65_HS1-834228961_62-HQ-83894_Section_10
Agency: FBI
Page 63
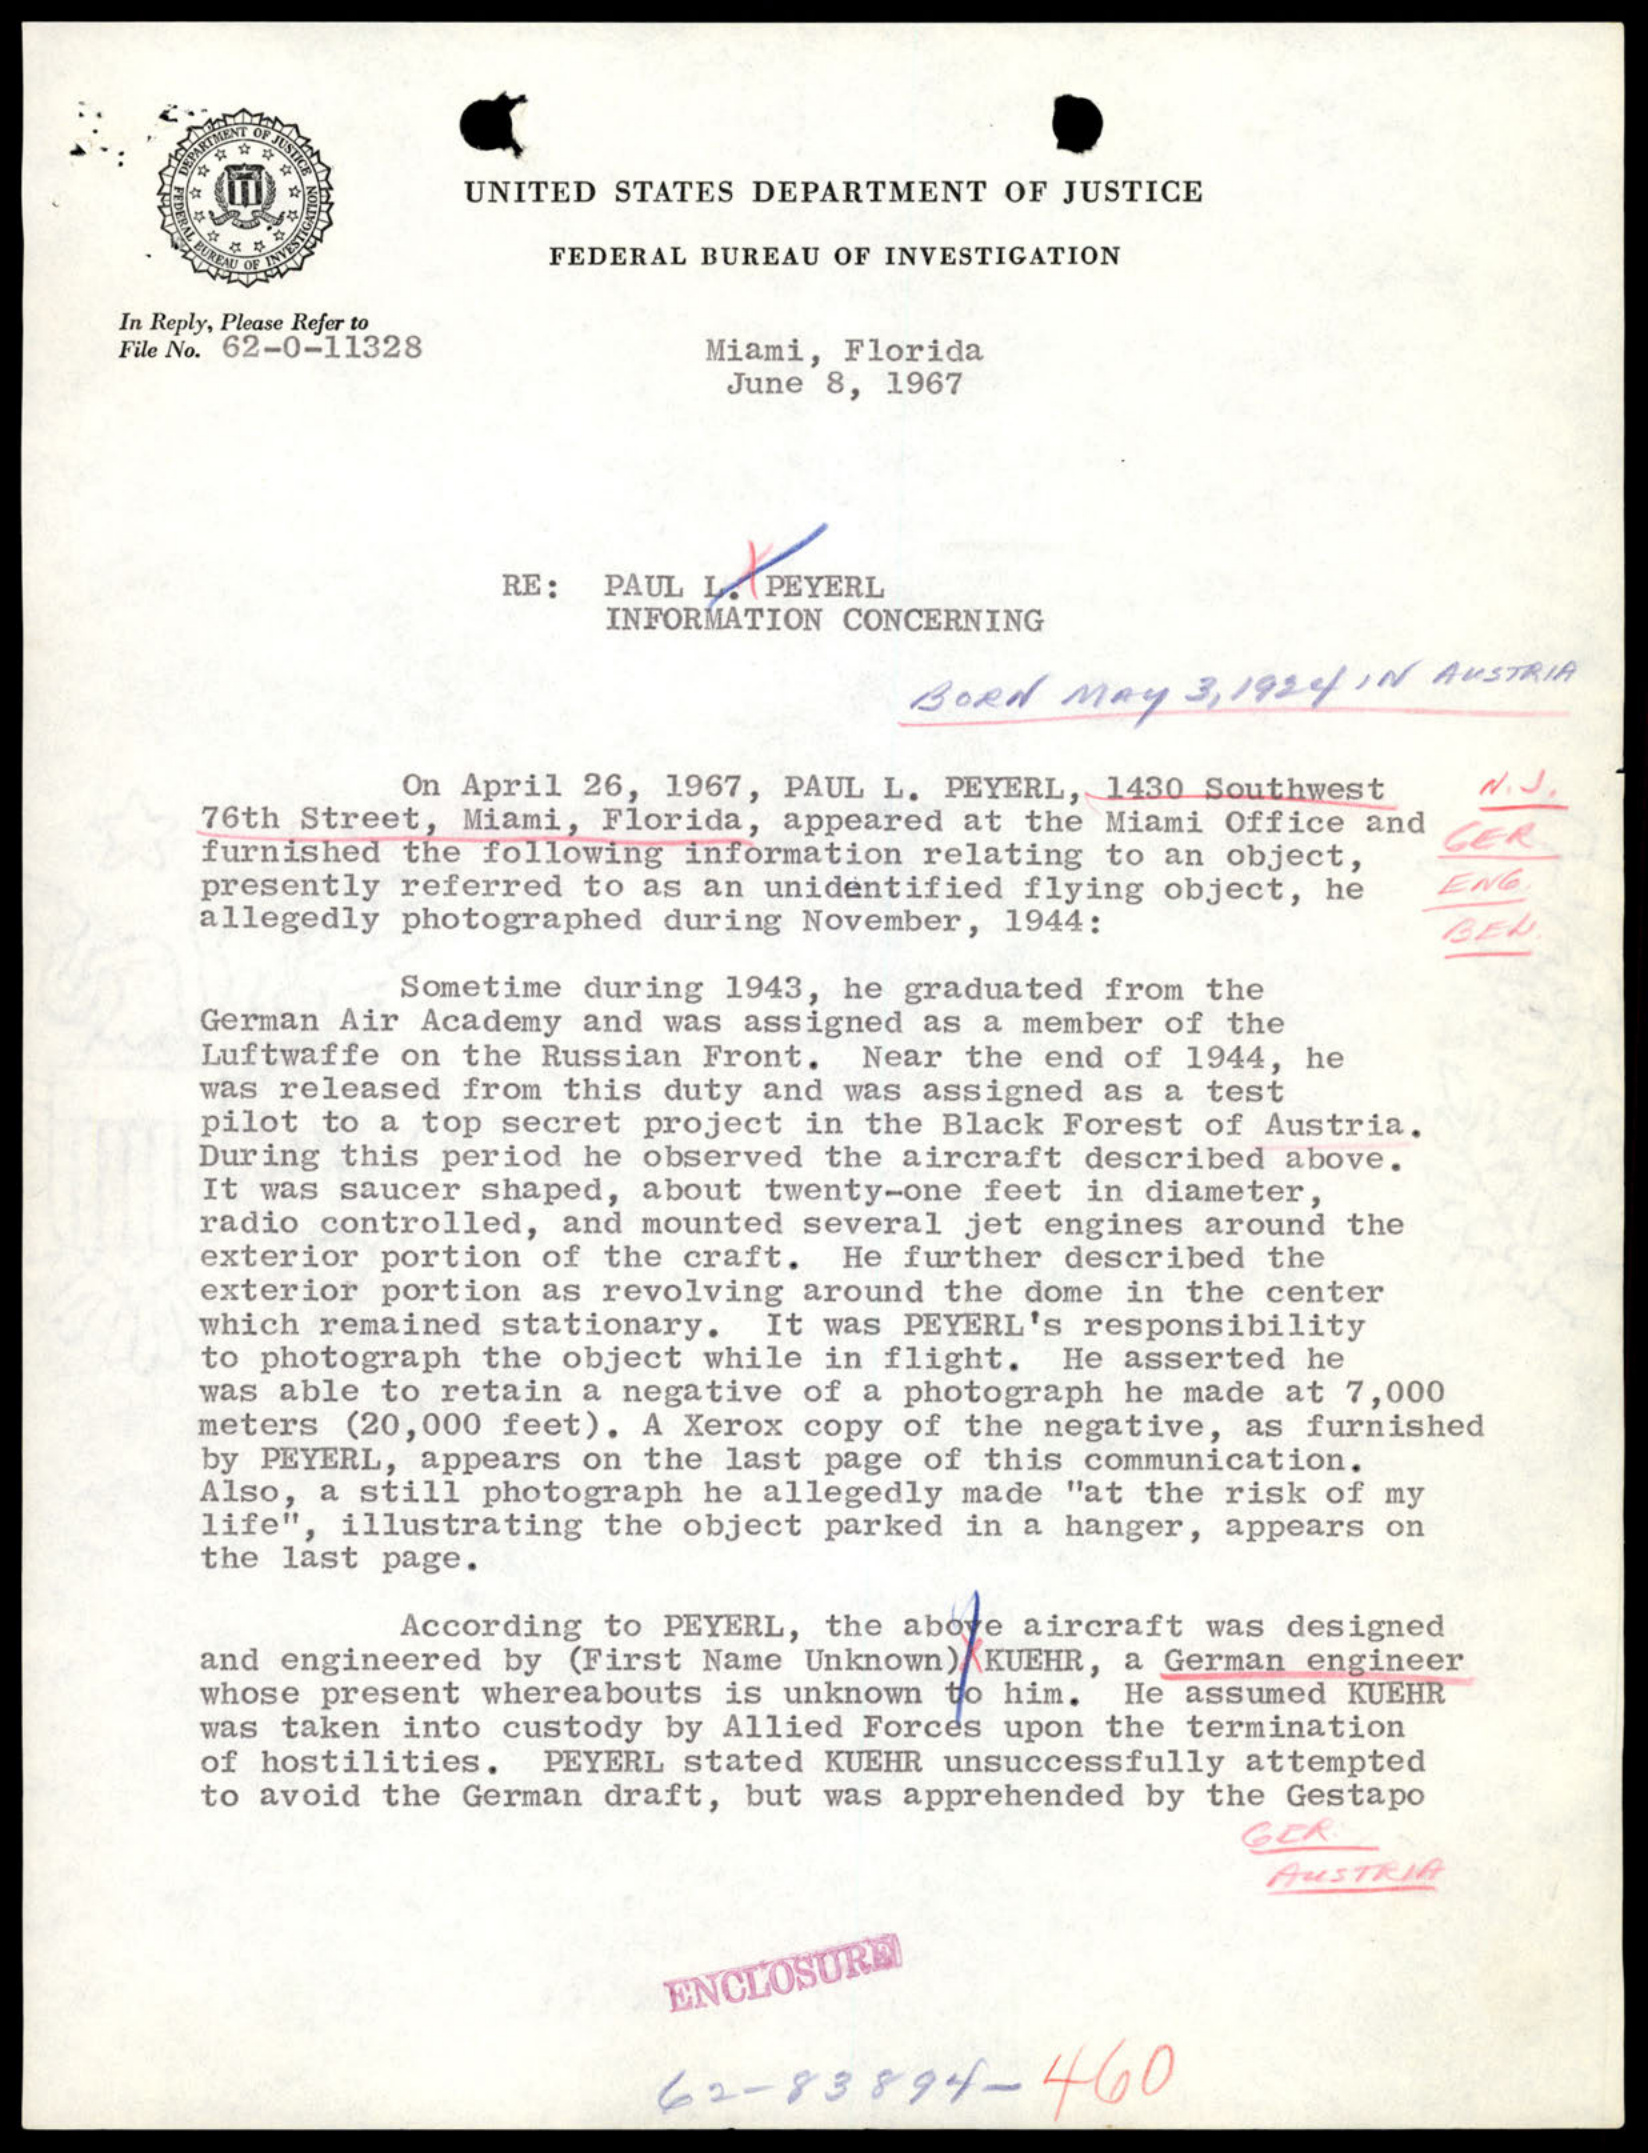